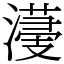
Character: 𣿯